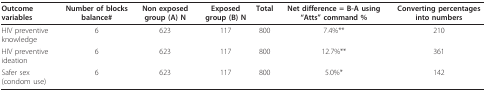
| Outcome variables | Number of blocks balance# | Non exposed group (A) N | Exposed group (B) N | Total | Net difference = B-A using "Atts" command % | Converting percentages into numbers |
 | --- | --- | --- | --- | --- | --- | --- |
 | HIV preventive knowledge | 6 | 623 | 117 | 800 | 7.4%** | 210 |
 | HIV preventive ideation | 6 | 623 | 117 | 800 | 12.7%** | 361 |
 | Safer sex (condom use) | 6 | 623 | 117 | 800 | 5.0%* | 142 |